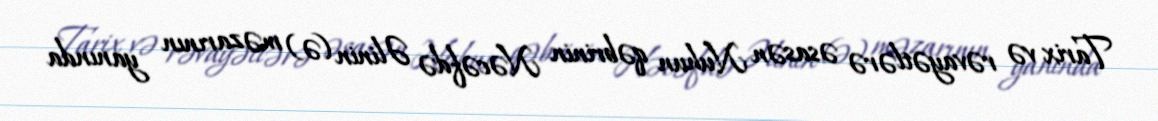
Tarix və rəvayətlərə əsasən Nuhun qəbrinin Nəcəfdə Əlinin (ə) məzarının yanında